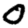
Digit: 0